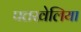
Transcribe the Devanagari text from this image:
पत्तखेलिया